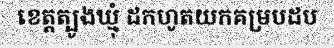
ខេត្តត្បូងឃ្មុំ ដកហូតយកគម្របដប